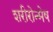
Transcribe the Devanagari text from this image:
शरीरोन्मेष